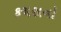
કચરાનો